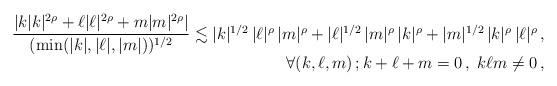
LaTeX: \begin{align*}\begin{array}[t]{r}\dfrac{|k|k|^{2\rho}+\ell|\ell|^{2\rho}+m|m|^{2\rho}|}{(\min (|k|,|\ell|,|m|))^{1/2}}\lesssim |k|^{1/2}\,|\ell|^{\rho}\,|m|^\rho+|\ell|^{1/2}\,|m|^{\rho}\,|k|^\rho+|m|^{1/2}\,|k|^{\rho}\,|\ell|^\rho\,,\\ [5pt]\forall (k,\ell,m)\,;k+\ell+m=0\,,\;k\ell m\neq 0\,,\end{array}\end{align*}